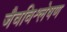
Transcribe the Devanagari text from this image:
जैवविश्लेषण